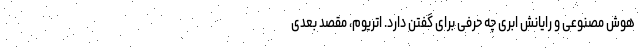
هوش مصنوعی و رایانش ابری چه حرفی برای گفتن دارد. اتریوم، مقصد بعدی